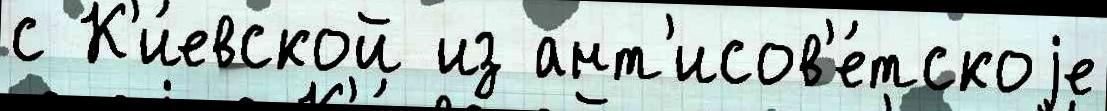
с К'и́евской из ант'исов'е́тскоjе